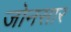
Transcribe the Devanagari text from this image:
जोनसार